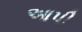
આપી